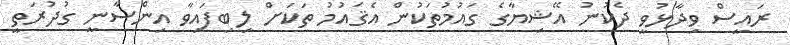
ރައީސް ވިދާޅުވީ ދެކުނު އޭޝިޔާގެ ގައުމުތަކުން އެޤައުމު ތަކަށް ލިބިފައިވާ އިންސާނީ ގުދުރަތީ